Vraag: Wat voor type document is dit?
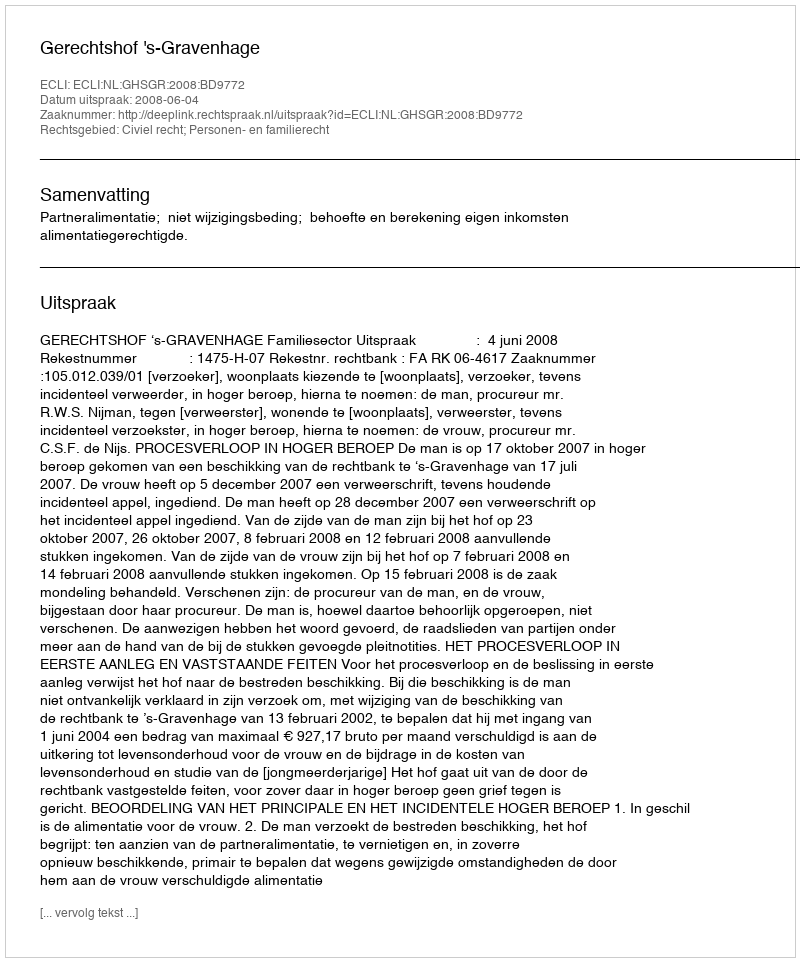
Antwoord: Uitspraak